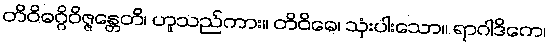
တိဝိဓဂ္ဂိဝိဇ္ဇန္တေတိ၊ ဟူသည်ကား။ တိဝိဓေ၊ သုံးပါးသော။ ရာဂါဒိကေ၊